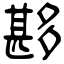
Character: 夦